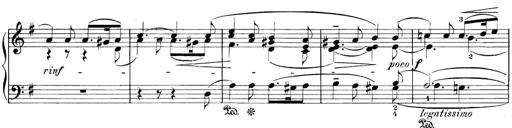
Title: 3 Sonatinas
Composer: Carl Reinecke